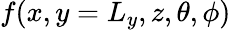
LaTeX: f(x,y=L_{y},z,\theta,\phi)